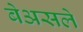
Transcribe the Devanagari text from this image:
बेअसले